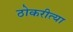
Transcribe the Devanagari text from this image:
ठोकरीत्या